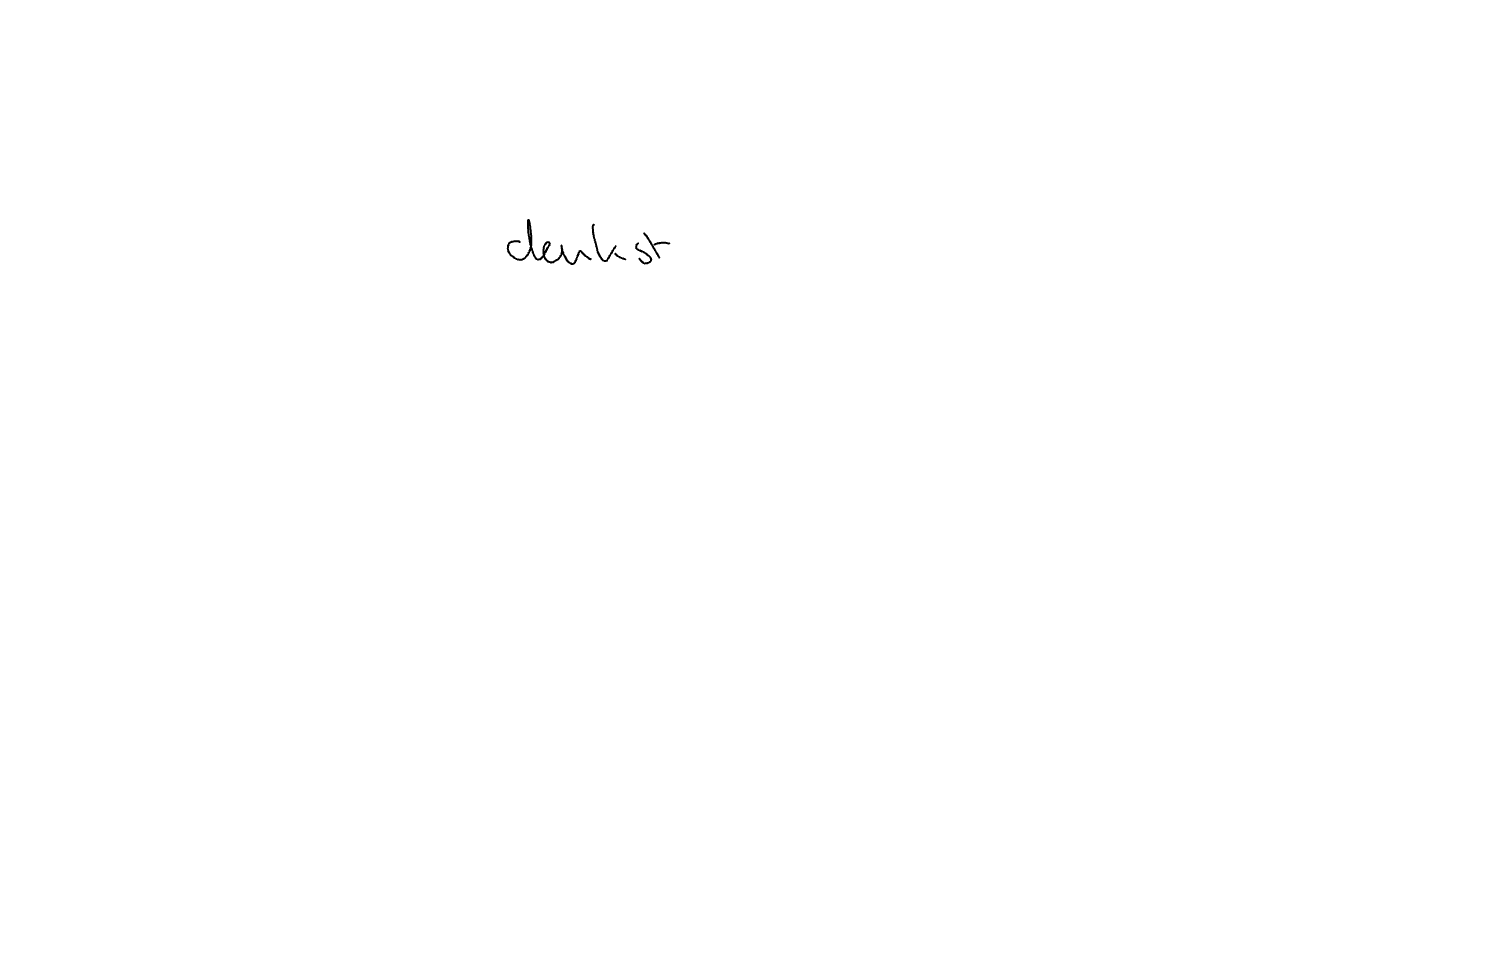
Text: denkst